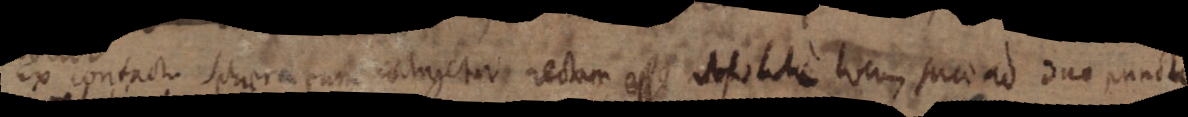
ex contacto sphera cum contrigetur rectam est _ locus sum ad duo puncta